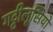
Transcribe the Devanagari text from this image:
गट्टीलूसियो